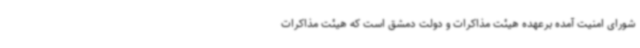
شورای امنیت آمده برعهده هیئت مذاکرات و دولت دمشق است که هیئت مذاکرات